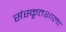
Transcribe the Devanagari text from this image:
संस्कृतशाला